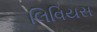
લિવિયસ